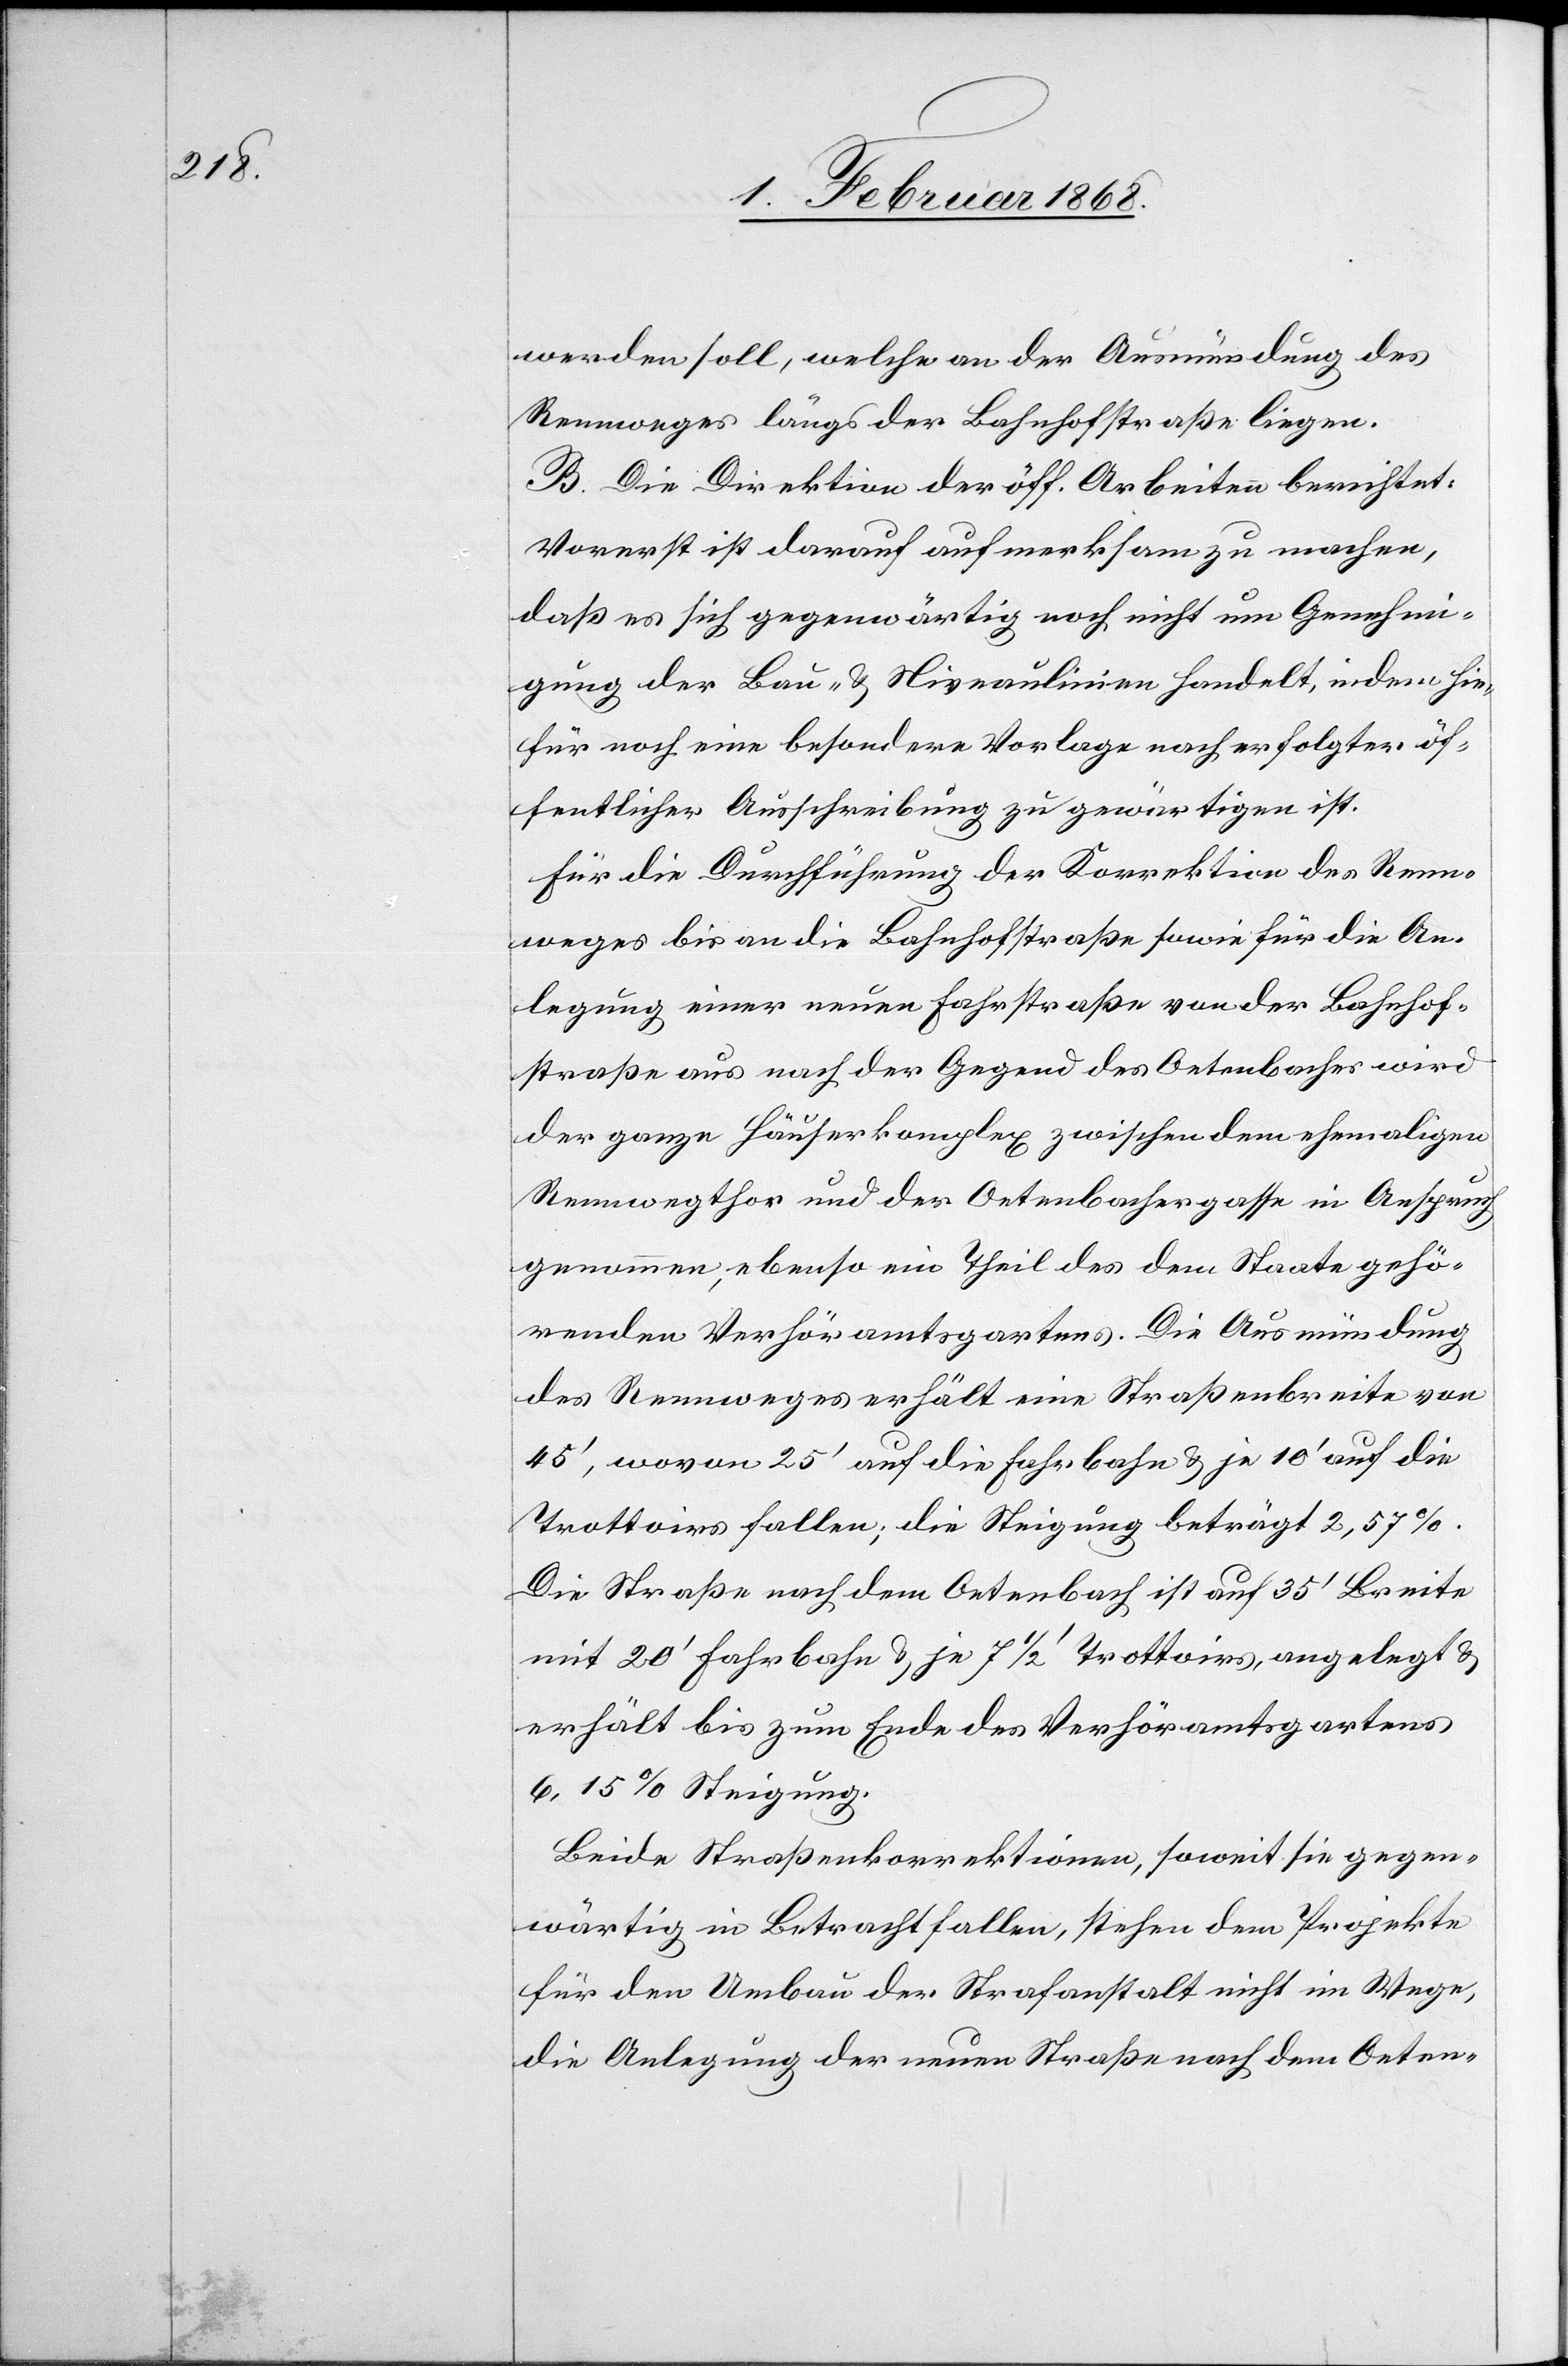
werden soll, welche an der Ausmündung des
Rennweges längs der Bahnhofstraße liegen.
B. Die Direktion der öff. Arbeiten berichtet:
Vorerst ist darauf aufmerksam zu machen,
daß es sich gegenwärtig noch nicht um Genehmi¬
gung der Bau- & Niveaulinien handelt, indem hie¬
für noch eine besondere Vorlage nach erfolgter öf¬
fentlicher Ausschreibung zu gewärtigen ist.
Für die Durchführung der Korrektion des Renn¬
weges bis an die Bahnhofstraße sowie für die An¬
legung einer neuen Fahrstraße von der Bahnhof¬
straße aus nach der Gegend des Oetenbaches wird
der ganze Häuserkomplex zwischen dem ehemaligen
Rennwegthor und der Oetenbachergasse in Anspruch
genommen, ebenso ein Theil des dem Staate gehö¬
renden Verhöramtsgartens. Die Ausmündung
des Rennweges erhält eine Straßenbreite von
45‘, wovon 25‘ auf die Fahrbahn & je 10‘ auf die
Trottoirs fallen; die Steigung beträgt 2,57%.
Die Straße nach dem Oetenbach ist auf 35‘ Breite
mit 20‘ Fahrbahn & je 7 1/2 ‘ Trottoirs, angelegt &
erhält bis zum Ende des Verhöramtsgartens
6,15% Steigung.
Beide Straßenkorrektionen, soweit sie gegen¬
wärtig in Betracht fallen, stehen dem Projekte
für den Umbau der Strafanstalt nicht im Wege,
die Anlegung der neuen Straße nach dem Oeten-